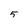
Character: 5